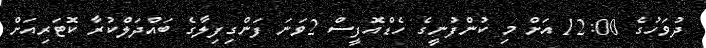
ދުވަހުގެ 12:00 އަށް މި ކުންފުނީގެ ހެޑްއޮފީސް 2ވަނަ ފަންގިފިލާގެ ބައްދަލްކުރާ ކޮޓަރިއަށް